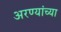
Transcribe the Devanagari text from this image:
अरण्यांच्या